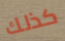
كذلك